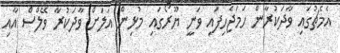
އެމެޗުގައި ވާދަކުރާން ހަމަޖެހިފައި ވަނީ ޔޫރޯގައި މުޅިން އަލަށް ވާދަކުރާ ވޭލްސް އާއި